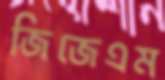
জিজেএম